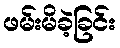
ဖမ်းမိခဲ့ခြင်း